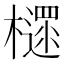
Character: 𣝋